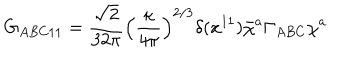
G _ { A B C 1 1 } = \frac { \sqrt { 2 } } { 3 2 \pi } \left( \frac { \kappa } { 4 \pi } \right) ^ { 2 / 3 } \delta ( x ^ { 1 1 } ) \bar { \chi } ^ { a } \Gamma _ { A B C } \chi ^ { a }